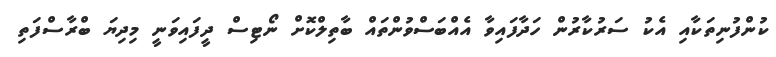
ކުންފުނިތަކާއި އެކު ސަރުކާރުން ހަދާފައިވާ އެއްބަސްވުންތައް ބާތިލްކޮށް ނޯޓިސް ދީފައިވަނީ މިދިޔަ ބްރާސްފަތި